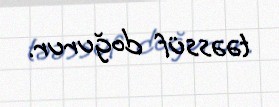
təəssüf doğurur.